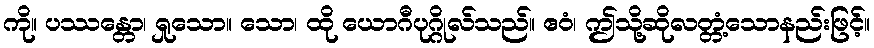
ကို။ ပဿန္တော၊ ရှုသော။ သော၊ ထို ယောဂီပုဂ္ဂိုလ်သည်။ ဧဝံ၊ ဤသို့ဆိုလတ္တံ့သောနည်းဖြင့်။